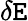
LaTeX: \delta\mathtt{E}